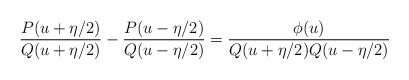
\begin{align*}\frac{P(u+\eta/2)}{Q(u+\eta/2)}-\frac{P(u-\eta/2)}{Q(u-\eta/2)}=\frac{\phi(u)}{Q(u+\eta/2)Q(u-\eta/2)}\end{align*}